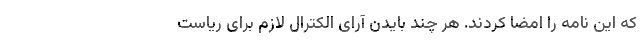
که این نامه را امضا کردند. هر چند بایدن آرای الکترال لازم برای ریاست